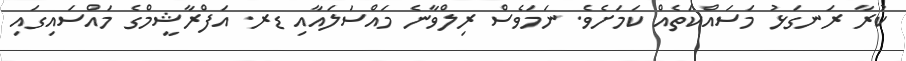
ކުރާ ރަނގަޅު މަސައްކަތެއް ކަމަށެވެ. ނަމަވެސް ރިލްވާނެ މައްސަލައާއި ޑރ. އަފްރާޝީމްގެ މައްސައިގައި